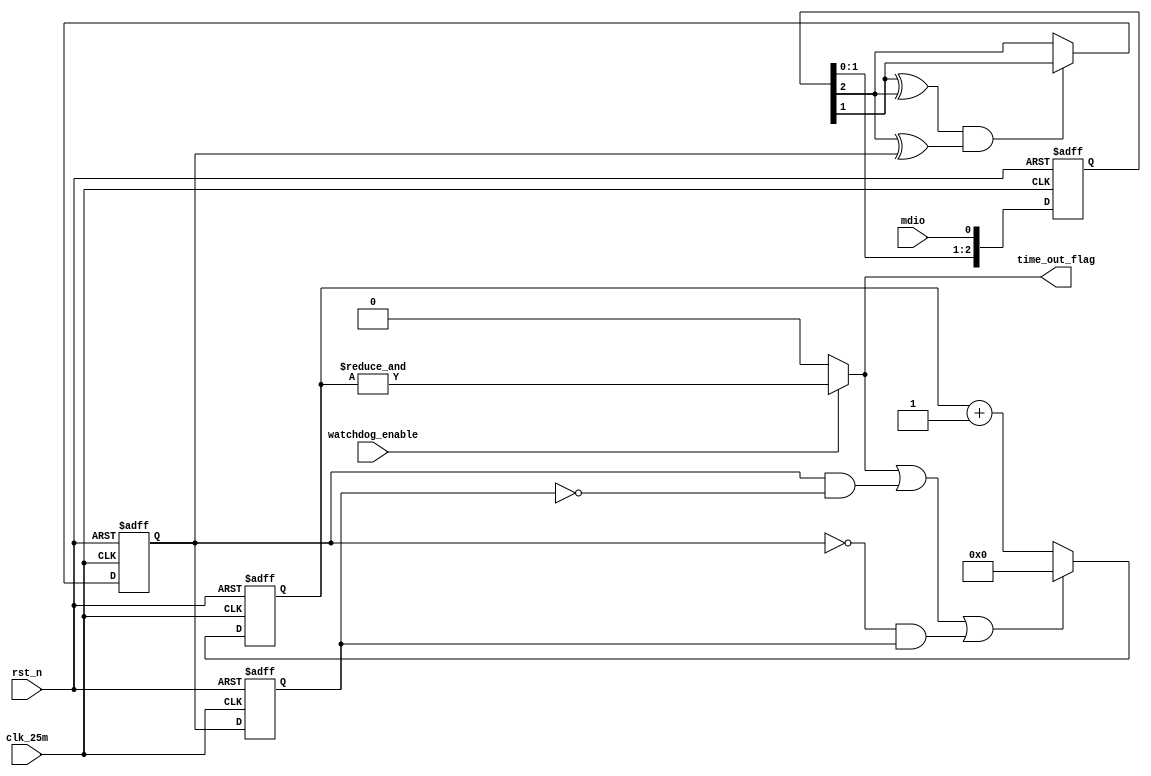
// ------------------------------------------------------------------------
//
//                     JLSemi
//                     Shanghai, China
//                     Name :
//                     Email:
//
// ------------------------------------------------------------------------
// ------------------------------------------------------------------------
//  Revision History:1.0
//  Date          By            Revision    Change Description
//-------------------------------------------------------------------------
//  2024-02-08                  1.0         watchdog_mdio
// ------------------------------------------------------------------------
// ------------------------------------------------------------------------
`timescale 1ns/1ns
module watchdog_mdio
(
    input   wire            clk_25m,            // work clock
    input   wire            rst_n,

    input   wire            mdio,
    input   wire            watchdog_enable,
    output  wire            time_out_flag
);
    reg [2:0]   mdio_cdc;
    reg         mdio_filted;
    reg         mdio_filted_r;

    wire        mdio_pos;
    wire        mdio_neg;

    reg [30:0]  time_out_cnt;
    wire        time_out_flag_tmp;

    always @(posedge clk_25m or negedge rst_n)
    begin
        if (!rst_n)
            mdio_cdc <= 3'b0;
        else
            mdio_cdc <= { mdio_cdc[1:0], mdio };
    end

    always @(posedge clk_25m or negedge rst_n)
    begin
        if (!rst_n)
            mdio_filted <= 1'b0;
        else if ( (mdio_cdc[1] ^ mdio_cdc[2]) && (mdio_cdc[2] ^ mdio_filted) )
            mdio_filted <= mdio_cdc[1];
        else
            mdio_filted <= mdio_cdc[2];
    end

    always @(posedge clk_25m or negedge rst_n)
    begin
        if (!rst_n)
            mdio_filted_r <= 1'b0;
        else
            mdio_filted_r <= mdio_filted;
    end

    assign mdio_pos = mdio_filted & ~mdio_filted_r;
    assign mdio_neg = ~mdio_filted & mdio_filted_r;

    always @(posedge clk_25m or negedge rst_n)
    begin
        if (!rst_n)
            time_out_cnt <= 31'b0;
        else if ( time_out_flag || mdio_pos || mdio_neg )
            time_out_cnt <= 31'b0;
        else
            time_out_cnt <= time_out_cnt + 1'd1;
    end

    assign time_out_flag_tmp = &time_out_cnt;
    assign time_out_flag = watchdog_enable ? time_out_flag_tmp : 1'b0;

endmodule